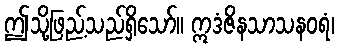
ဤသို့ဖြည့်သည်ရှိသော်။ ဣဒံဇိနသာသနဝရံ၊